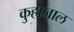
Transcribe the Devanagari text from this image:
कुहाजाल